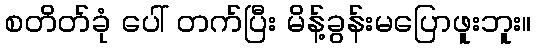
စတိတ်ခုံ ပေါ် တက်ပြီး မိန့်ခွန်းမပြောဖူးဘူး။